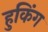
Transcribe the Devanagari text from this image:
हुकिंग